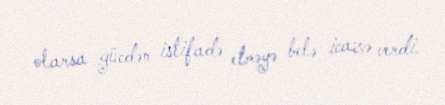
olarsa gücdən istifadə etməyə belə icazə verdi.